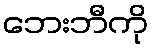
ဘေးဘီကို